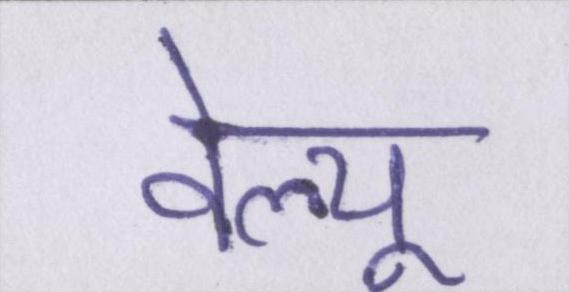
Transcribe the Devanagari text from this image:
वेल्यू